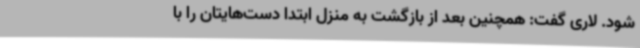
شود. لاری گفت: همچنین بعد از بازگشت به منزل ابتدا دست‌هایتان را با